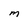
Character: M